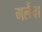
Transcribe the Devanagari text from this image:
गलैंचा